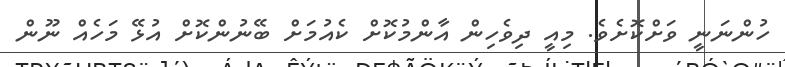
ހުންނަނީ ވަށްކޮށެވެ. މިއީ ދިވެހިން އާންމުކޮށް ކެއުމަށް ބޭނުންކޮށް އުޅޭ މަހެއް ނޫން